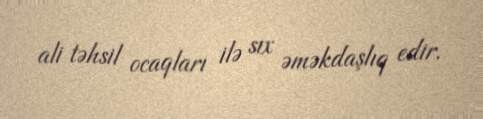
ali təhsil ocaqları ilə sıx əməkdaşlıq edir.